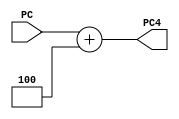
module AddPC1(
	input [31:0] PC,
	output [31:0] PC4
);
	assign PC4=PC+4;
endmodule